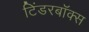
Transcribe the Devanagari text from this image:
टिंडरबॉक्स